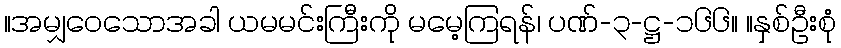
။အမျှဝေသောအခါ ယမမင်းကြီးကို မမေ့ကြရန်၊ ပဏ်-၃-ဋ္ဌ-၁၆၆။ ။နှစ်ဦးစုံ